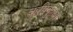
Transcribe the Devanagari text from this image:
ऋषिकुल्या